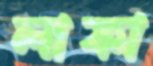
লাফা